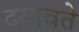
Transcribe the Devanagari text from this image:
दगावते